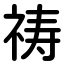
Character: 祷